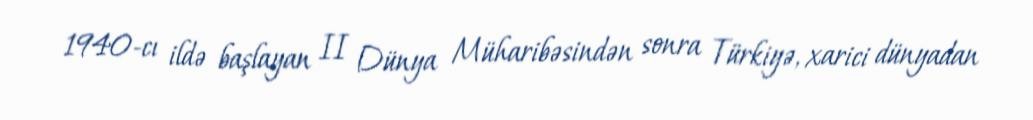
1940-cı ildə başlayan II Dünya Müharibəsindən sonra Türkiyə, xarici dünyadan